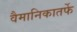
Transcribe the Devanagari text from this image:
वैमानिकातर्फे